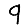
Digit: 9